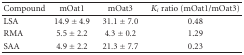
<table><thead><tr><td><b>Compound</b></td><td><b>mOat1</b></td><td><b>mOat3</b></td><td><b><i>K</i><sub><i>i</i></sub> ratio (mOat1/mOat3)</b></td></tr></thead><tbody><tr><td>LSA</td><td>14.9 ± 4.9</td><td>31.1 ± 7.0</td><td>0.48</td></tr><tr><td>RMA</td><td>5.5 ± 2.2</td><td>4.3 ± 0.2</td><td>1.29</td></tr><tr><td>SAA</td><td>4.9 ± 2.2</td><td>21.3 ± 7.7</td><td>0.23</td></tr></tbody></table>